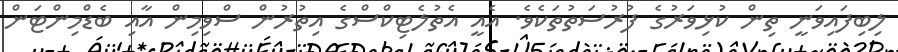
ލިބިފައިވަނީ ތިން ކުޅިވަރުގެ ފުރުސަތުތަކެވެ. އެއީ އެތުލެޓިކްސްގެ އިތުރުން ސްވިމިން އާއި ބެޑްމިންޓަން